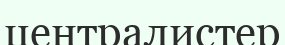
централистер